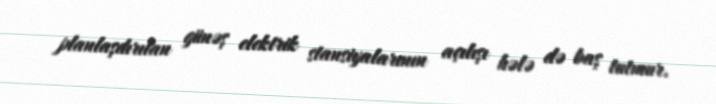
planlaşdırılan günəş elektrik stansiyalarının açılışı hələ də baş tutmur.